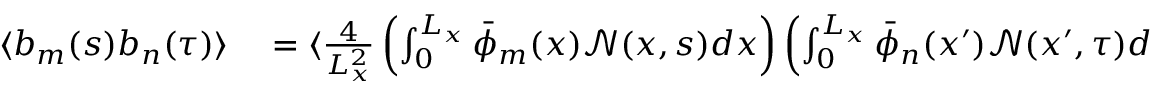
\begin{array} { r l } { \langle b _ { m } ( s ) b _ { n } ( \tau ) \rangle } & { { } = \langle \frac { 4 } { L _ { x } ^ { 2 } } \left( \int _ { 0 } ^ { L _ { x } } \bar { \phi } _ { m } ( x ) \mathcal { N } ( x , s ) d x \right) \left( \int _ { 0 } ^ { L _ { x } } \bar { \phi } _ { n } ( x ^ { \prime } ) \mathcal { N } ( x ^ { \prime } , \tau ) d x ^ { \prime } \right) \rangle } \end{array}